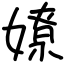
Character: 嫽